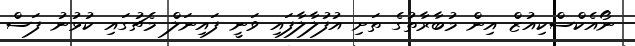
ނޯއެކްސްކިއުޒް އިން މުބާރާތުގެ ތަށި އުފުލާލާފައި ވަނީ ފައިނަލް މެޗުގައި ކުޅުނު ފަސް